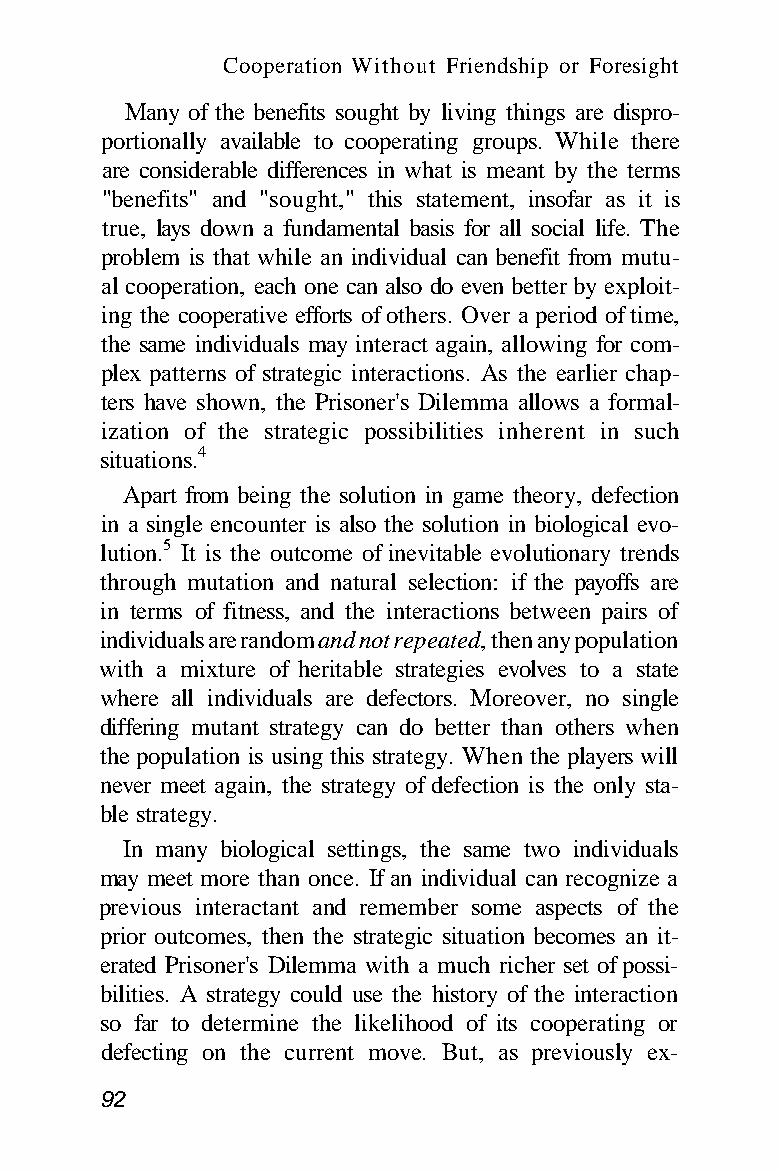
Cooperation Without Friendship or Foresight
 Many of the benefits sought by living things are dispro-
 portionally available to cooperating groups. While there
 are considerable differences in what is meant by the terms
 "benefits" and "sought," this statement, insofar as it is
 true, lays down a fundamental basis for all social life. The
 problem is that while an individual can benefit from mutu-
 al cooperation, each one can also do even better by exploit-
 ing the cooperative efforts of others. Over a period of time,
 the same individuals may interact again, allowing for com-
 plex patterns of strategic interactions. As the earlier chap-
 ters have shown, the Prisoner's Dilemma allows a formal-
 ization of the strategic possibilities inherent in such
 situations.4
 Apart from being the solution in game theory, defection
 in a single encounter is also the solution in biological evo-
 lution.5 It is the outcome of inevitable evolutionary trends
 through mutation and natural selection: if the payoffs are
 in terms of fitness, and the interactions between pairs of
 individuals are random and not repeated, then any population
 with a mixture of heritable strategies evolves to a state
 where all individuals are defectors. Moreover, no single
 differing mutant strategy can do better than others when
 the population is using this strategy. When the players will
 never meet again, the strategy of defection is the only sta-
 ble strategy.
 In many biological settings, the same two individuals
 may meet more than once. If an individual can recognize a
 previous interactant and remember some aspects of the
 prior outcomes, then the strategic situation becomes an it-
 erated Prisoner's Dilemma with a much richer set of possi-
 bilities. A strategy could use the history of the interaction
 so far to determine the likelihood of its cooperating or
 defecting on the current move. But, as previously ex-
 92